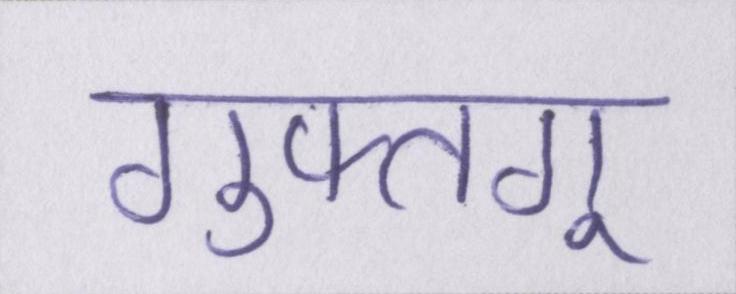
गुफ्तगू